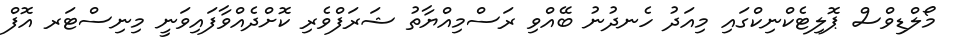
މޯލްޑިވްސް ޕޮލިޓެކްނިކްގައި މިއަދު ހެނދުނު ބޭއްވި ރަސްމިއްޔާތު ޝަރަފްވެރި ކޮށްދެއްވާފައިވަނީ މިނިސްޓަރ އޮފް